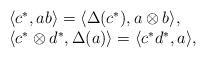
LaTeX: \begin{align*}\begin{array}{l}\langle c^*, a b\rangle = \langle \Delta(c^*), a\otimes b\rangle,\\\langle c^*\otimes d^*, \Delta(a) \rangle = \langle c^* d^*, a\rangle,\end{array}\end{align*}